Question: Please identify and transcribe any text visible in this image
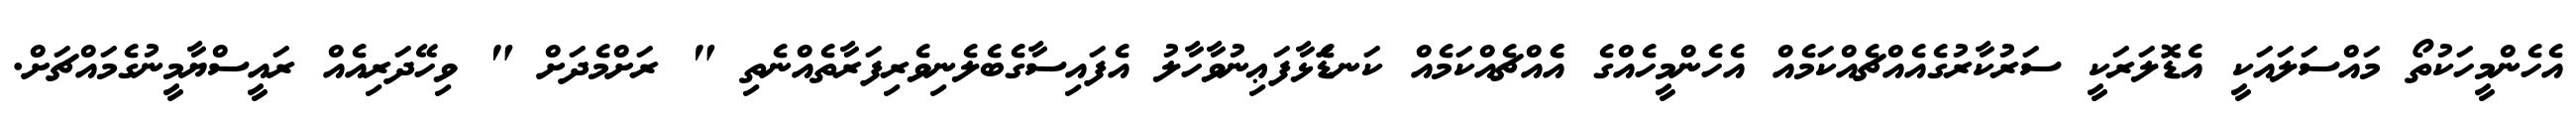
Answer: އެހެންމީހަކުތޯ މައްސަލައަކީ އެޑޮލަރަކީ ސަރުކާރުގެއެއްޗެއްކަމެއް އެހެންމީހެއްގެ އެެއްޗެއްކަމެއް ކަނޑަެަޅާފަޢިނުވާހާލު އެފައިސާގެބެލެނިވެރިފަރާތެއްނެތި " ރަށްމެދަށް " ވިހޭދަރިއެއް ރައީސްޔާމީނުގެމައްޗަށް.